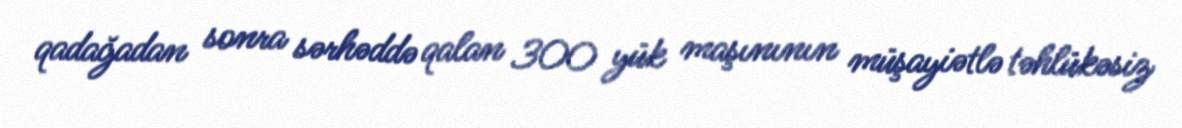
qadağadan sonra sərhəddə qalan 300 yük maşınının müşayiətlə təhlükəsiz